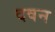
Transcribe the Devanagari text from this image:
दवन